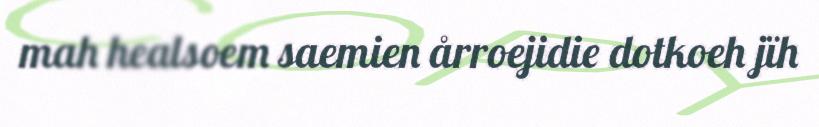
mah healsoem saemien årroejidie dotkoeh jïh